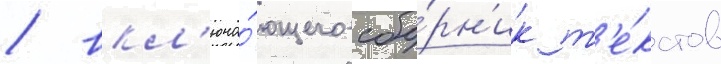
/ вкл'юча́ющего сбо́рн'ик т'е́кстов